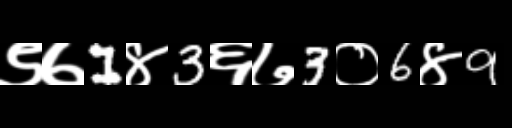
Text: ९७1४3६७3०6४9